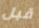
قبل